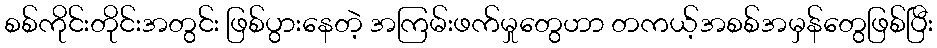
စစ်ကိုင်းတိုင်းအတွင်း ဖြစ်ပွားနေတဲ့ အကြမ်းဖက်မှုတွေဟာ တကယ့်အစစ်အမှန်တွေဖြစ်ပြီး